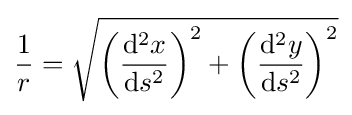
{\frac {1}{r}}={\sqrt {\left({\frac {\mathrm {d} ^{2}x}{\mathrm {d} s^{2}}}\right)^{2}+\left({\frac {\mathrm {d} ^{2}y}{\mathrm {d} s^{2}}}\right)^{2}}}